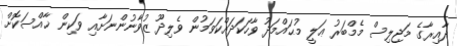
ދާއިރާގެ މަޖިލިސް މެމްބަރު ޢަލީ މުޙައްމަދު ވާހަކަދައްކަވަމުން ވެލިދޫ ޒުވާނުންނަށާއި ވަކިން ޚާއްސަކޮށް